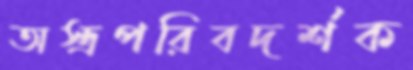
অস্ত্রপরিবদর্শক